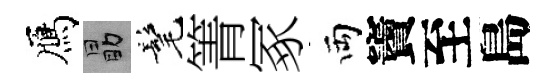
鴈勗髦箐冢両竇至島